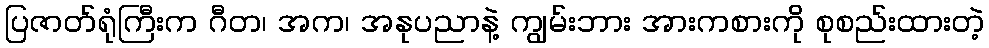
ပြဇာတ်ရုံကြီးက ဂီတ၊ အက၊ အနုပညာနဲ့ ကျွမ်းဘား အားကစားကို စုစည်းထားတဲ့